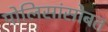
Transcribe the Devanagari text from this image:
पोलिसांसोबत